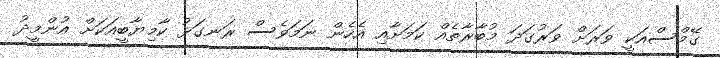
ގޭމްސްއަކީ ވަރަށް ވަރުގަދަ މުބާރާތެއް ކަމަށާއި އެހެން ނަމަވެސް ރަނގަޅު ކާމިޔާބީއަކަށް އުންމީދު